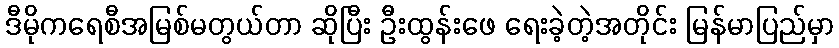
ဒီမိုကရေစီအမြစ်မတွယ်တာ ဆိုပြီး ဦးထွန်းဖေ ရေးခဲ့တဲ့အတိုင်း မြန်မာပြည်မှာ